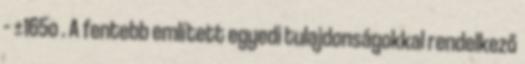
– ±165o . A fentebb említett egyedi tulajdonságokkal rendelkező